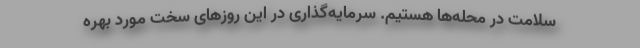
سلامت در محله‌ها هستیم. سرمایه‌گذاری در این روزهای سخت مورد بهره